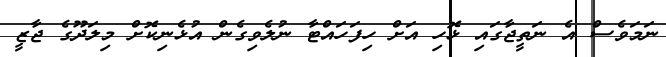
ނަމަވެސް އެ ނަތީޖާގައި ޅޮހި އަށް ހިފަހައްޓާ ނުލެވިގެން އުޅެނިކޮށް މިލަދޫގެ ޖާޒީ